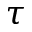
\boldsymbol { \tau }